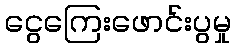
ငွေကြေးဖောင်းပွမှု